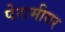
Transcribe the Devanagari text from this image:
पेरामीयर